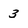
Character: 3